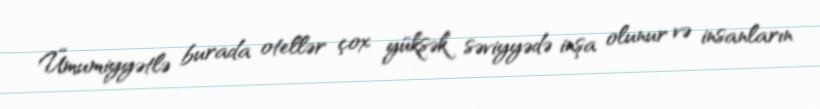
Ümumiyyətlə burada otellər çox yüksək səviyyədə inşa olunur və insanların